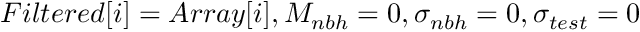
F i l t e r e d [ i ] = A r r a y [ i ] , M _ { n b h } = 0 , \sigma _ { n b h } = 0 , \sigma _ { t e s t } = 0